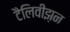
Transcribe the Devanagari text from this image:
टैलिवीझ़न